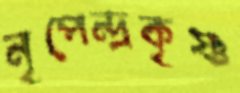
নৃপেন্দ্রকৃষ্ণ